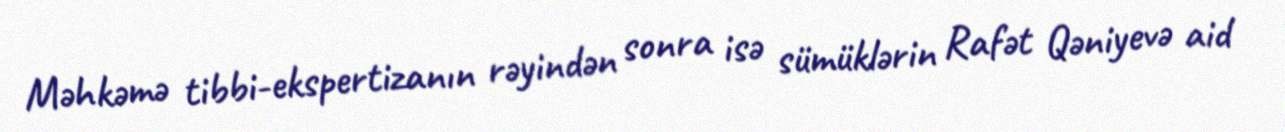
Məhkəmə tibbi-ekspertizanın rəyindən sonra isə sümüklərin Rafət Qəniyevə aid